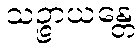
သဉ္ဇာယန္တေ